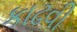
કાઢવી